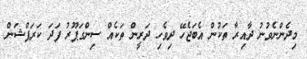
މިދެންނެވުނު ދާއިރާ ތަކުން އެބަޖެހޭ ދިވެހި ދަރީން ތަކެއް ސިންގަޕޫރު ފަދަ ކަރަޕްޝަން